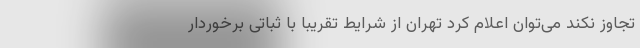
تجاوز نکند می‌توان اعلام کرد تهران از شرایط تقریبا با ثباتی برخوردار